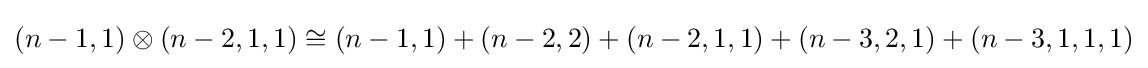
(n-1,1)\otimes (n-2,1,1)\cong (n-1,1)+(n-2,2)+(n-2,1,1)+(n-3,2,1)+(n-3,1,1,1)